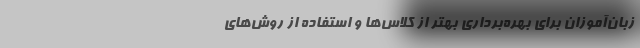
زبان‌آموزان برای بهره‌برداری بهتر از کلاس‌ها و استفاده از روش‌های